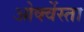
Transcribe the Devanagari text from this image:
ओर्क्वेस्ता